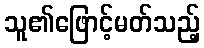
သူ၏ဖြောင့်မတ်သည့်